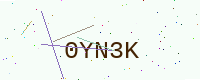
Text: 0YN3K